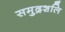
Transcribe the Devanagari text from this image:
समुद्रशलि